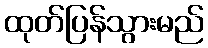
ထုတ်ပြန်သွားမည်